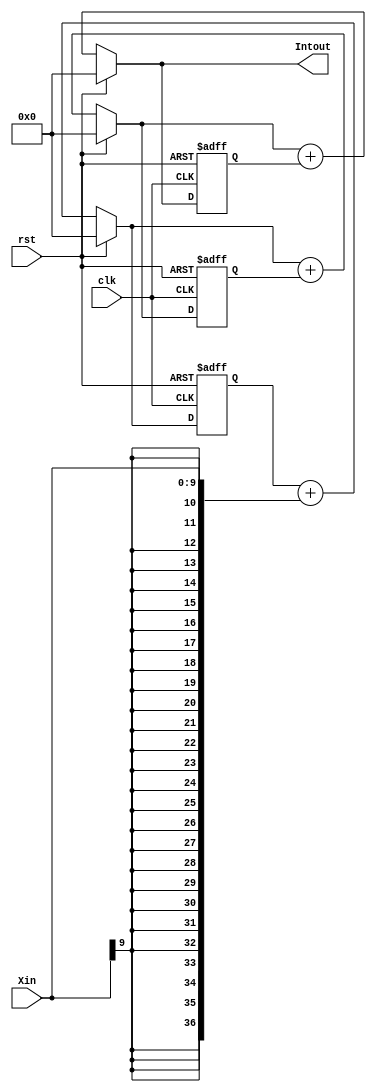
//Integrated.v
module Integrated (
	rst,clk,Xin,
	Intout);
	
	input		rst;   //
	input		clk;   //FPGA2kHz
	input	 signed [9:0]	Xin;    //2kHZ
	output signed [36:0]	Intout; //
	
	
	//6-16(c),
	wire signed [36:0] I1,I2,I3;
	reg  signed [36:0] d1,d2,d3;
	

	//1
	always @(posedge clk or posedge rst)
		if (rst)
			d1 <= 37'd0;	
		else
		   d1 <= I1;
   assign I1 = (rst ? 37'd0 : (d1+{{27{Xin[9]}},Xin}));

	//2
	always @(posedge clk or posedge rst)
		if (rst)
			d2 <= 37'd0;	
		else
		   d2 <= I2;
   assign I2 = (rst ? 37'd0 : (I1+d2));

	//3
	always @(posedge clk or posedge rst)
		if (rst)
			d3 <= 37'd0;	
		else
		   d3 <= I3;
   assign I3 = (rst ? 37'd0 : (I2+d3));
	
	assign Intout = I3;

endmodule